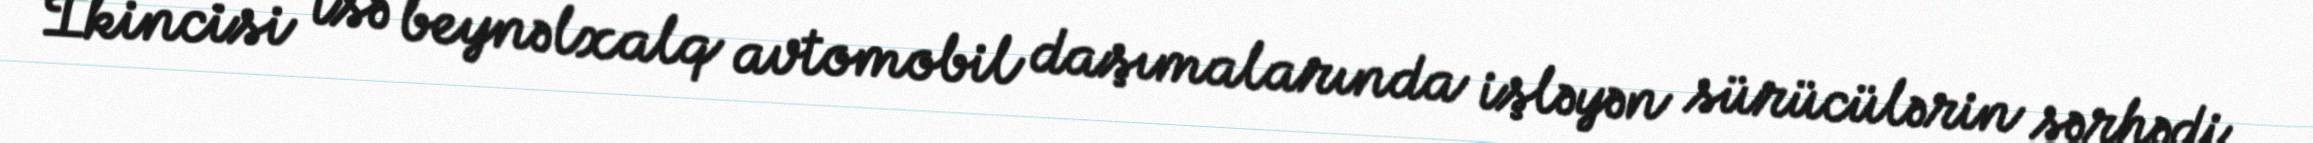
İkincisi isə beynəlxalq avtomobil daşımalarında işləyən sürücülərin sərhədi